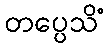
တပ္ပေသိံ